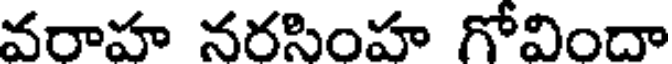
వరాహ నరసింహ గోవిందా